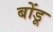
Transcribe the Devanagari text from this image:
बोंडू